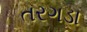
તરગડા